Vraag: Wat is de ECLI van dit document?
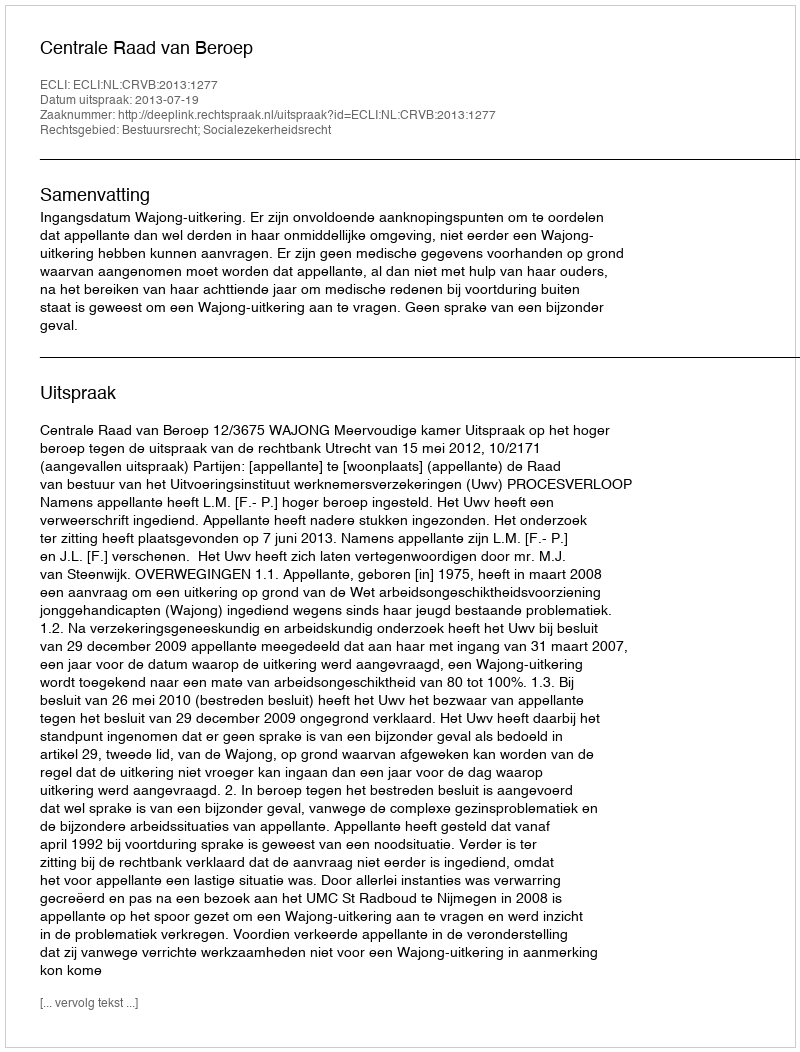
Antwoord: ECLI:NL:CRVB:2013:1277